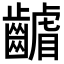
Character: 𮯑